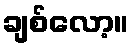
ချစ်လော့။